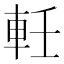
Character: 軠